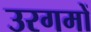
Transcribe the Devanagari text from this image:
उरगमों